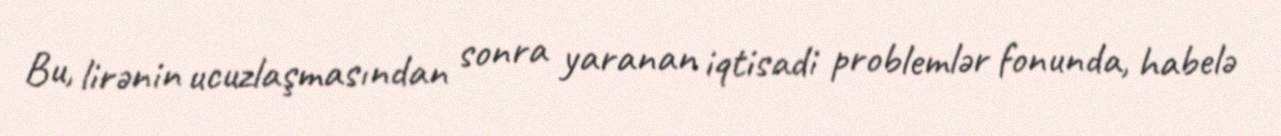
Bu, lirənin ucuzlaşmasından sonra yaranan iqtisadi problemlər fonunda, habelə